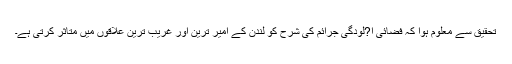
تحقیق سے معلوم ہوا کہ فضائی آ?لودگی جرائم کی شرح کو لندن کے امیر ترین اور غریب ترین علاقوں میں متاثر کرتی ہے۔